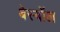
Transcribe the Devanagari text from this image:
बेस्बॉल